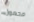
محمول